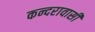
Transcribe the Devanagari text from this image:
कन्दरावासी